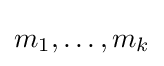
m_{1},\ldots ,m_{k}